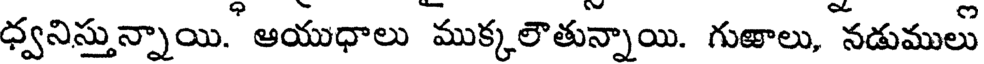
ధ్వనిస్తున్నాయి. ఆయుధాలు ముక్కలౌతున్నాయి. గుతాలు, నడుములు